Eesti_Vabariigi_Tartu_Ulikool, lk 61
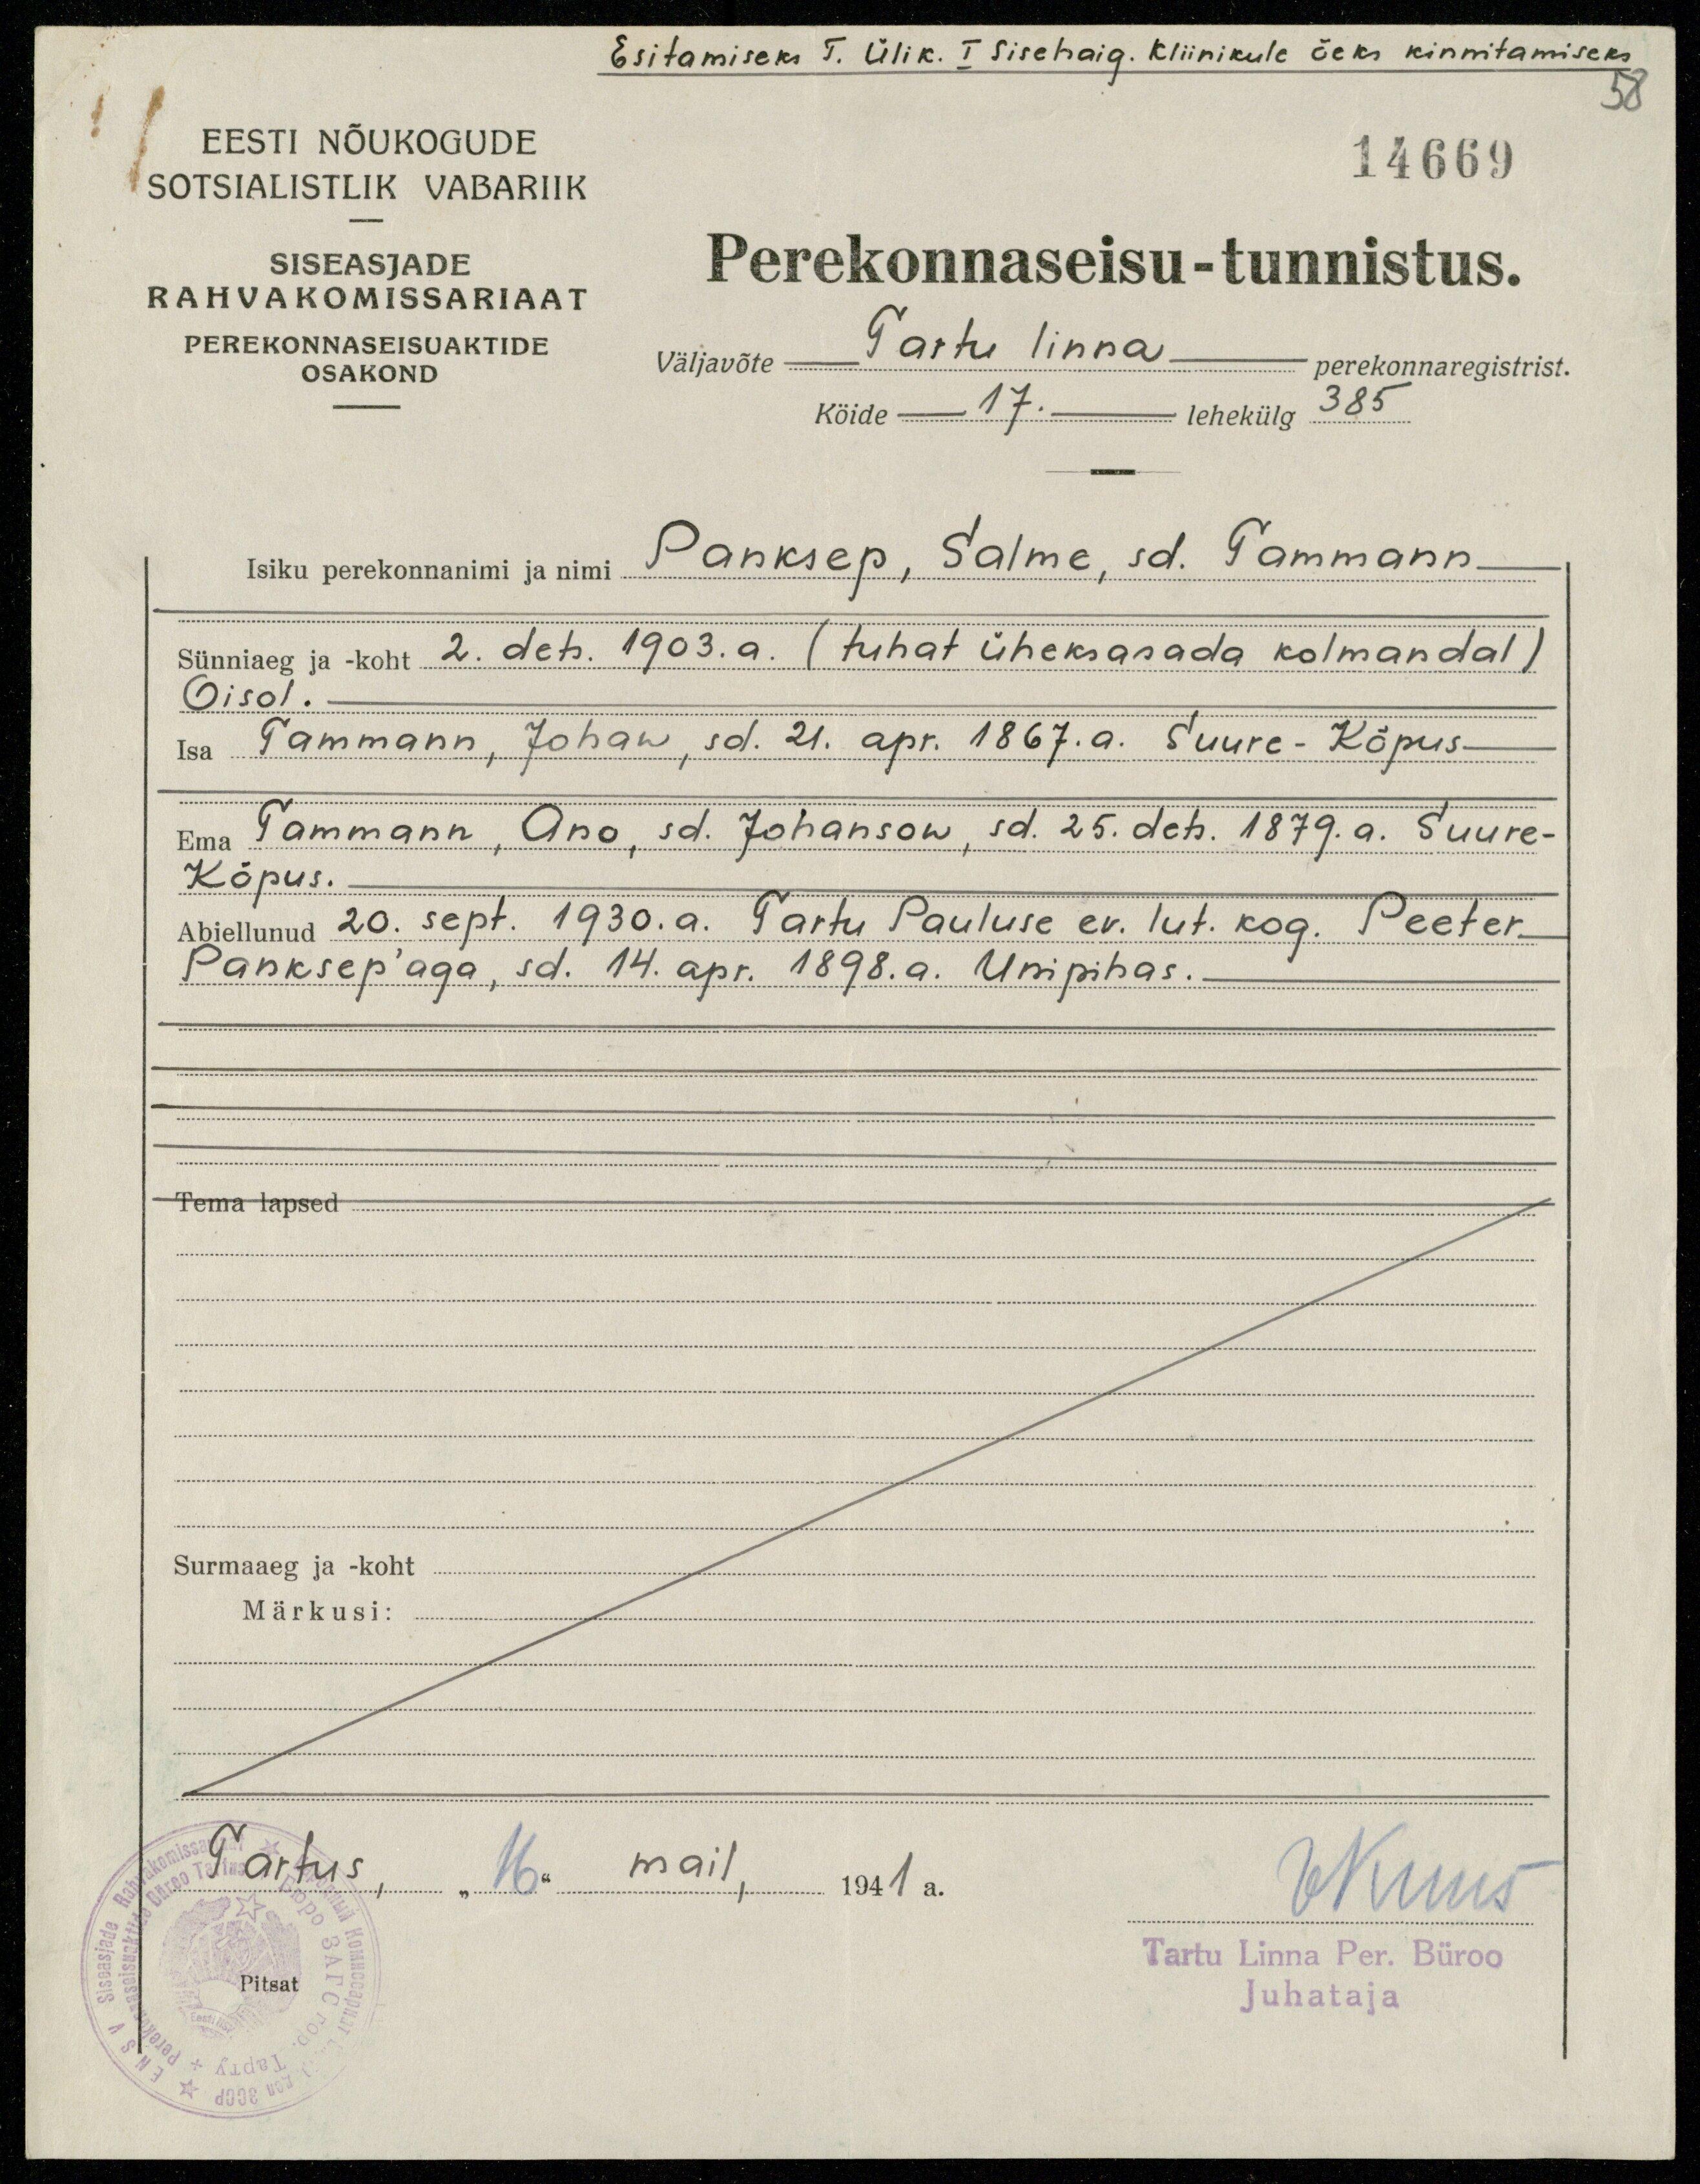
Esitamiseks T. Ülik. I Sisehaig. Kliinikule õeks kinnitamiseks
58
14669
EESTI NÕUKOGUDE
SOTSIALISTLIK VABARIIK
SISEASJADE
RAHVAKOMISSARIAAT
PEREKONNASEISUAKTIDE
OSAKOND
Perekonnaseisu-tunnistus.
väljavõte Tartu linna perekonnaregistrist.
Köide 17. lehekülg 385
Isiku perekonnanimi ja nimi Panksep, Salme, sd. Tammann.
Sünniaeg ja -koht. 2. dets. 1903.a. ( tuhat üheksasada kolmandal )
Oisol.
Isa Tammann, Johan, sd. 21. apr. 1867.a. Suure-Kõpus
Ema Tammann, Ano, sd. Johanson, sd. 25. dets. 1879. a. Suure-
Kõpus.
Abiellunud 20. sept. 1930.a. Tartu Pauluse ev. lut. kog. Peeter
Panksep'aga, sd. 14. apr. 1898.a. Unipihas.
Tema lapsed
Surmaaeg ja - koht
Märkusi:
Tartus, "16" mail, 1941 a.
VKuus
Tartu Linna Per. Büroo
Pitsat
Juhataja